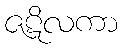
ဇဋိလကာ